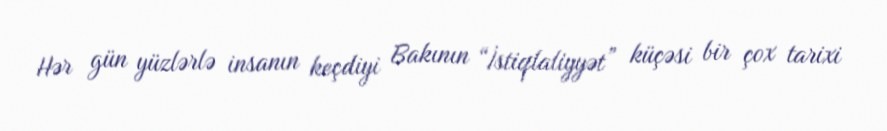
Hər gün yüzlərlə insanın keçdiyi Bakının “İstiqlaliyyət” küçəsi bir çox tarixi